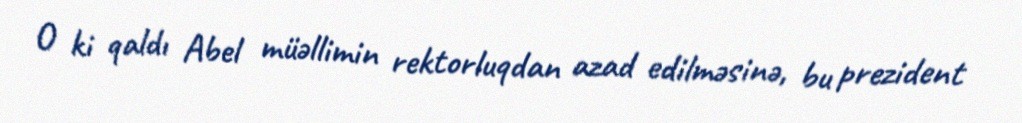
O ki qaldı Abel müəllimin rektorluqdan azad edilməsinə, bu prezident